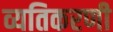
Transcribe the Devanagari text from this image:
व्यतिकरणी